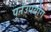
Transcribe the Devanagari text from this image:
पुर्नउपयोग